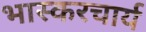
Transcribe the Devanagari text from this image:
भास्करचार्य